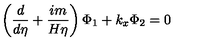
\left( \frac d { d \eta } + \frac { i m } { H \eta } \right) \Phi _ { 1 } + k _ { x } \Phi _ { 2 } = 0